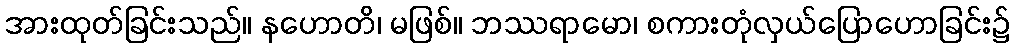
အားထုတ်ခြင်းသည်။ နဟောတိ၊ မဖြစ်။ ဘဿရာမော၊ စကားတုံလှယ်ပြောဟောခြင်း၌